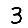
Digit: 3